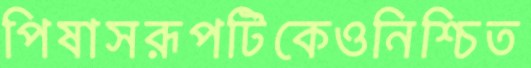
পিষাসরূপটিকেওনিশ্চিত